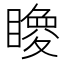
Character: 𥋂